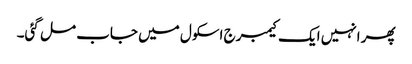
پھر انہیں ایک کیمبرج اسکول میں جاب مل گئی۔